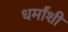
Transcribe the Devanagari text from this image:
धर्मांशी